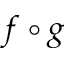
f \circ g